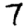
Digit: 7